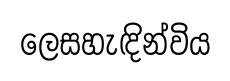
ලෙසහැඳින්විය